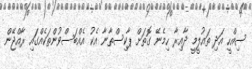
ސިއްހީ އަދި ތައުލީމީ ދާއިރާ ހިމެނޭ ގޮތަށް ޕާކިސްތާނާ އެކު އެއްބަސްވުންތަކެއްގައި ރާއްޖޭން